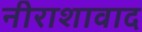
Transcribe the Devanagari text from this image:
नीराशावाद